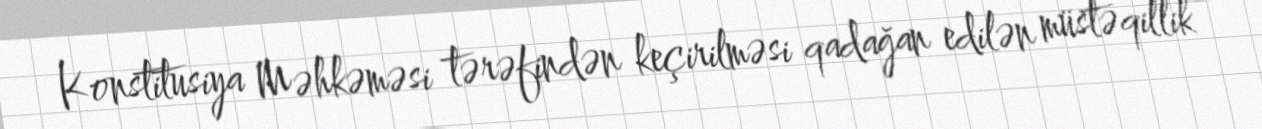
Konstitusiya Məhkəməsi tərəfindən keçirilməsi qadağan edilən müstəqillik